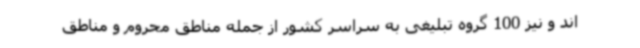
اند و نیز 100 گروه تبلیغی به سراسر کشور از جمله مناطق محروم و مناطق